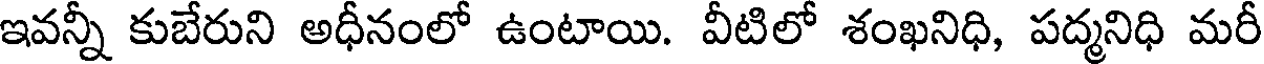
ఇవన్నీ కుబేరుని అధీనంలో ఉంటాయి. వీటిలో శంఖనిధి, పద్మనిధి మరీ